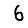
Digit: 6